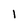
Character: I